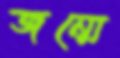
জন্মে